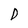
Character: D